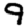
Digit: 9